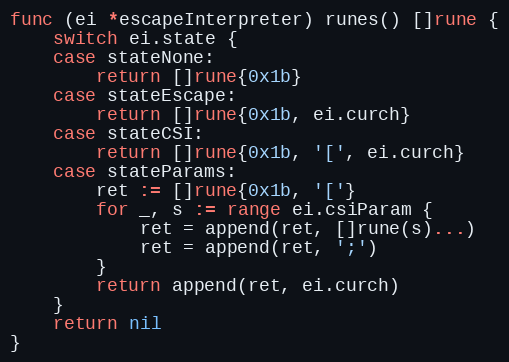
Language: Go
func (ei *escapeInterpreter) runes() []rune {
	switch ei.state {
	case stateNone:
		return []rune{0x1b}
	case stateEscape:
		return []rune{0x1b, ei.curch}
	case stateCSI:
		return []rune{0x1b, '[', ei.curch}
	case stateParams:
		ret := []rune{0x1b, '['}
		for _, s := range ei.csiParam {
			ret = append(ret, []rune(s)...)
			ret = append(ret, ';')
		}
		return append(ret, ei.curch)
	}
	return nil
}